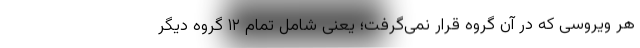
هر ویروسی که در آن گروه قرار نمی‌گرفت؛ یعنی شامل تمام ۱۲ گروه دیگر